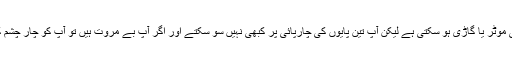
تین پہیوں کی موٹر یا گاڑی ہو سکتی ہے لیکن آپ تین پایوں کی چارپائی پر کبھی نہیں سو سکتے اور اگر آپ بے مروت ہیں تو آپ کو چار چشم کہا جائے گا۔